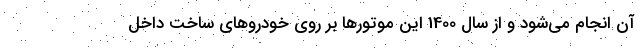
آن انجام می‌شود و از سال 1400 این موتورها بر روی خودروهای ساخت داخل